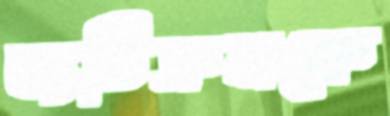
ব্যতিক্রমকে